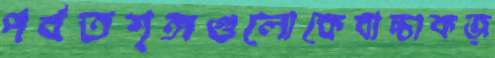
পর্বতশৃঙ্গগুলোকেবাচ্চাকজ্